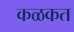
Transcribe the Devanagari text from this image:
कळकत